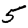
Digit: 5